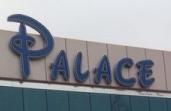
palace